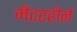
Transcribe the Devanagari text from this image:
मैटरहौर्न